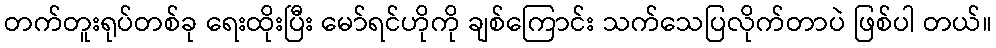
တက်တူးရုပ်တစ်ခု ရေးထိုးပြီး မော်ရင်ဟိုကို ချစ်ကြောင်း သက်သေပြလိုက်တာပဲ ဖြစ်ပါ တယ်။